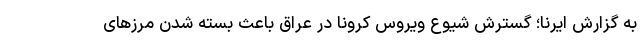
به گزارش ایرنا؛ گسترش شیوع ویروس کرونا در عراق باعث بسته شدن مرزهای